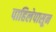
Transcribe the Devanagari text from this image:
पाहिलेपासून